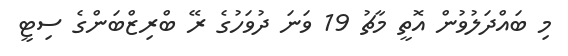
މި ބައްދަލުވުން އޮތީ މާޗު 19 ވަނަ ދުވަހުގެ ރޭ ބްރިޒްބަންގެ ސިޓީ